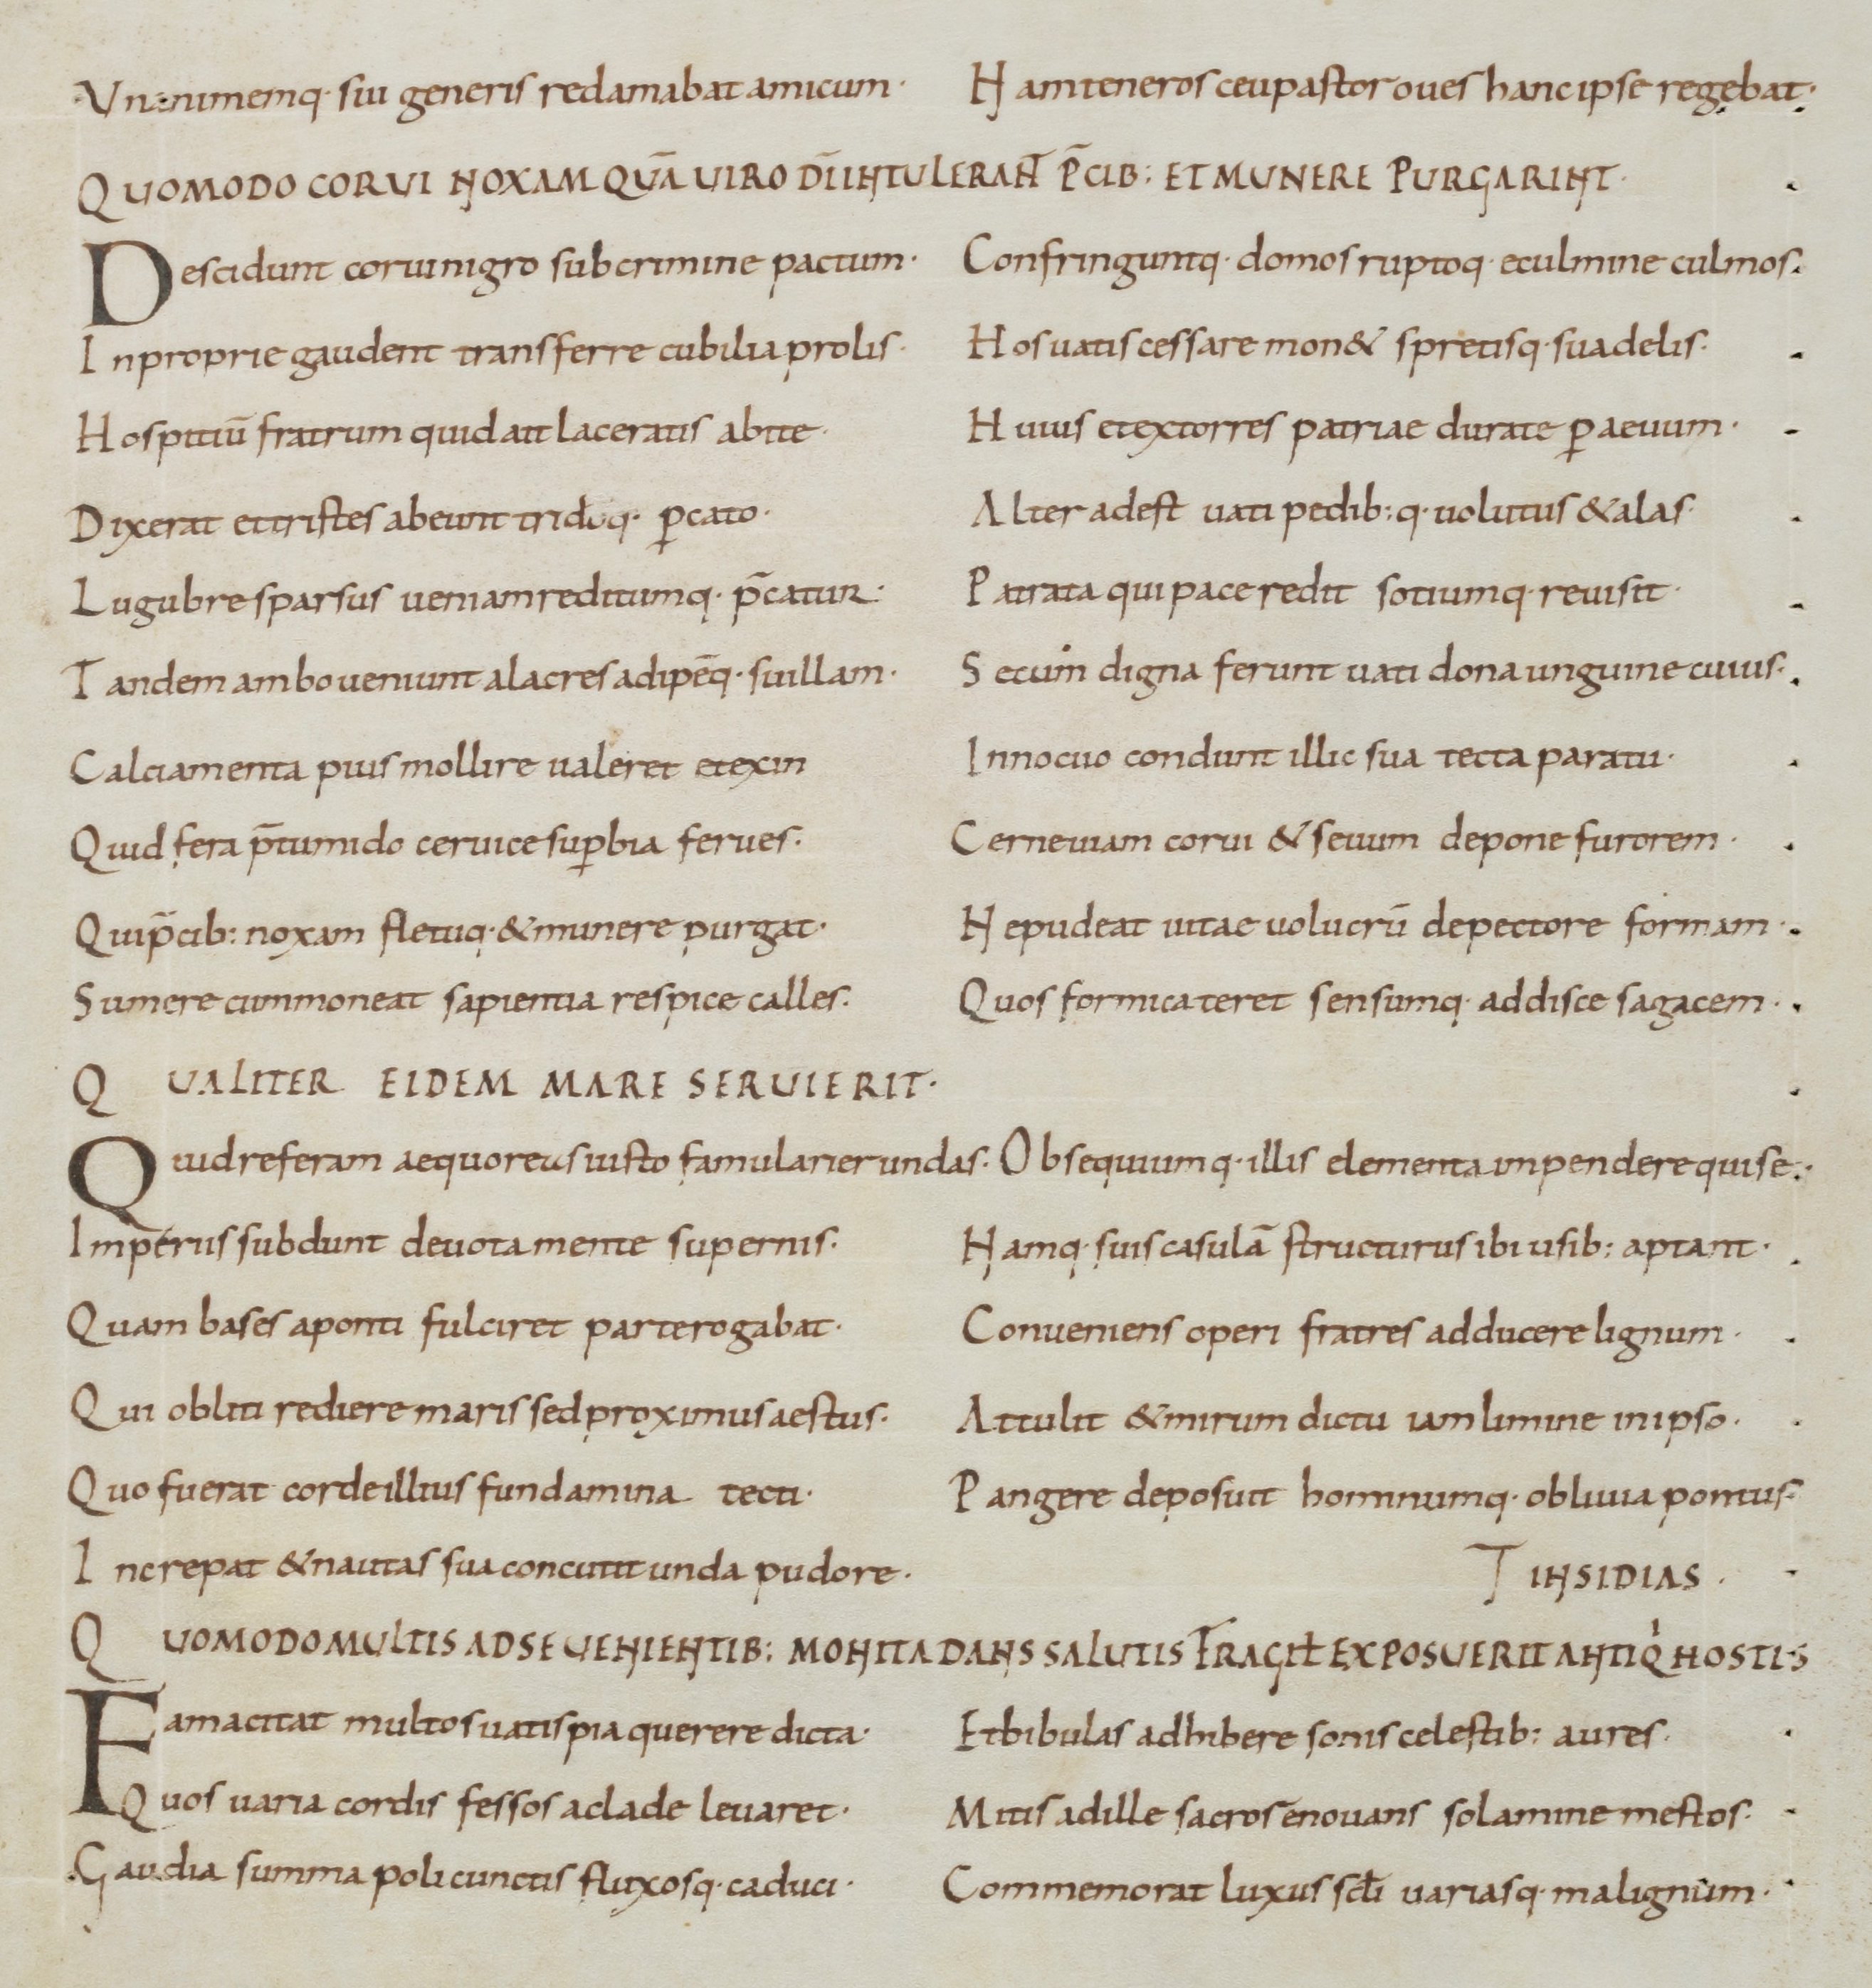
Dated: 900–999